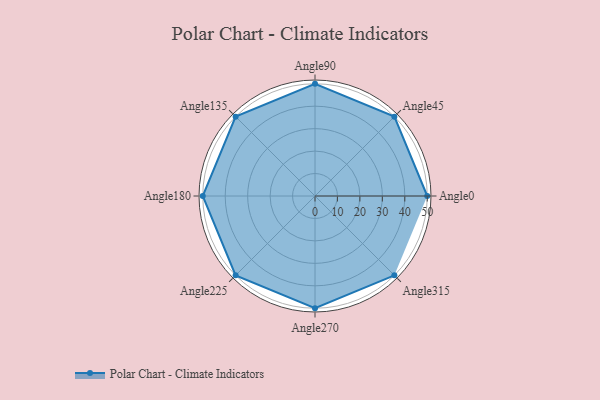
{"axis": {"x": "Angle", "y": "Radius"}, "legend": [""], "data": [{"x": "Angle0", "y": 50, "type": ""}, {"x": "Angle45", "y": 50, "type": ""}, {"x": "Angle90", "y": 50, "type": ""}, {"x": "Angle135", "y": 50, "type": ""}, {"x": "Angle180", "y": 50, "type": ""}, {"x": "Angle225", "y": 50, "type": ""}, {"x": "Angle270", "y": 50, "type": ""}, {"x": "Angle315", "y": 50, "type": ""}]}